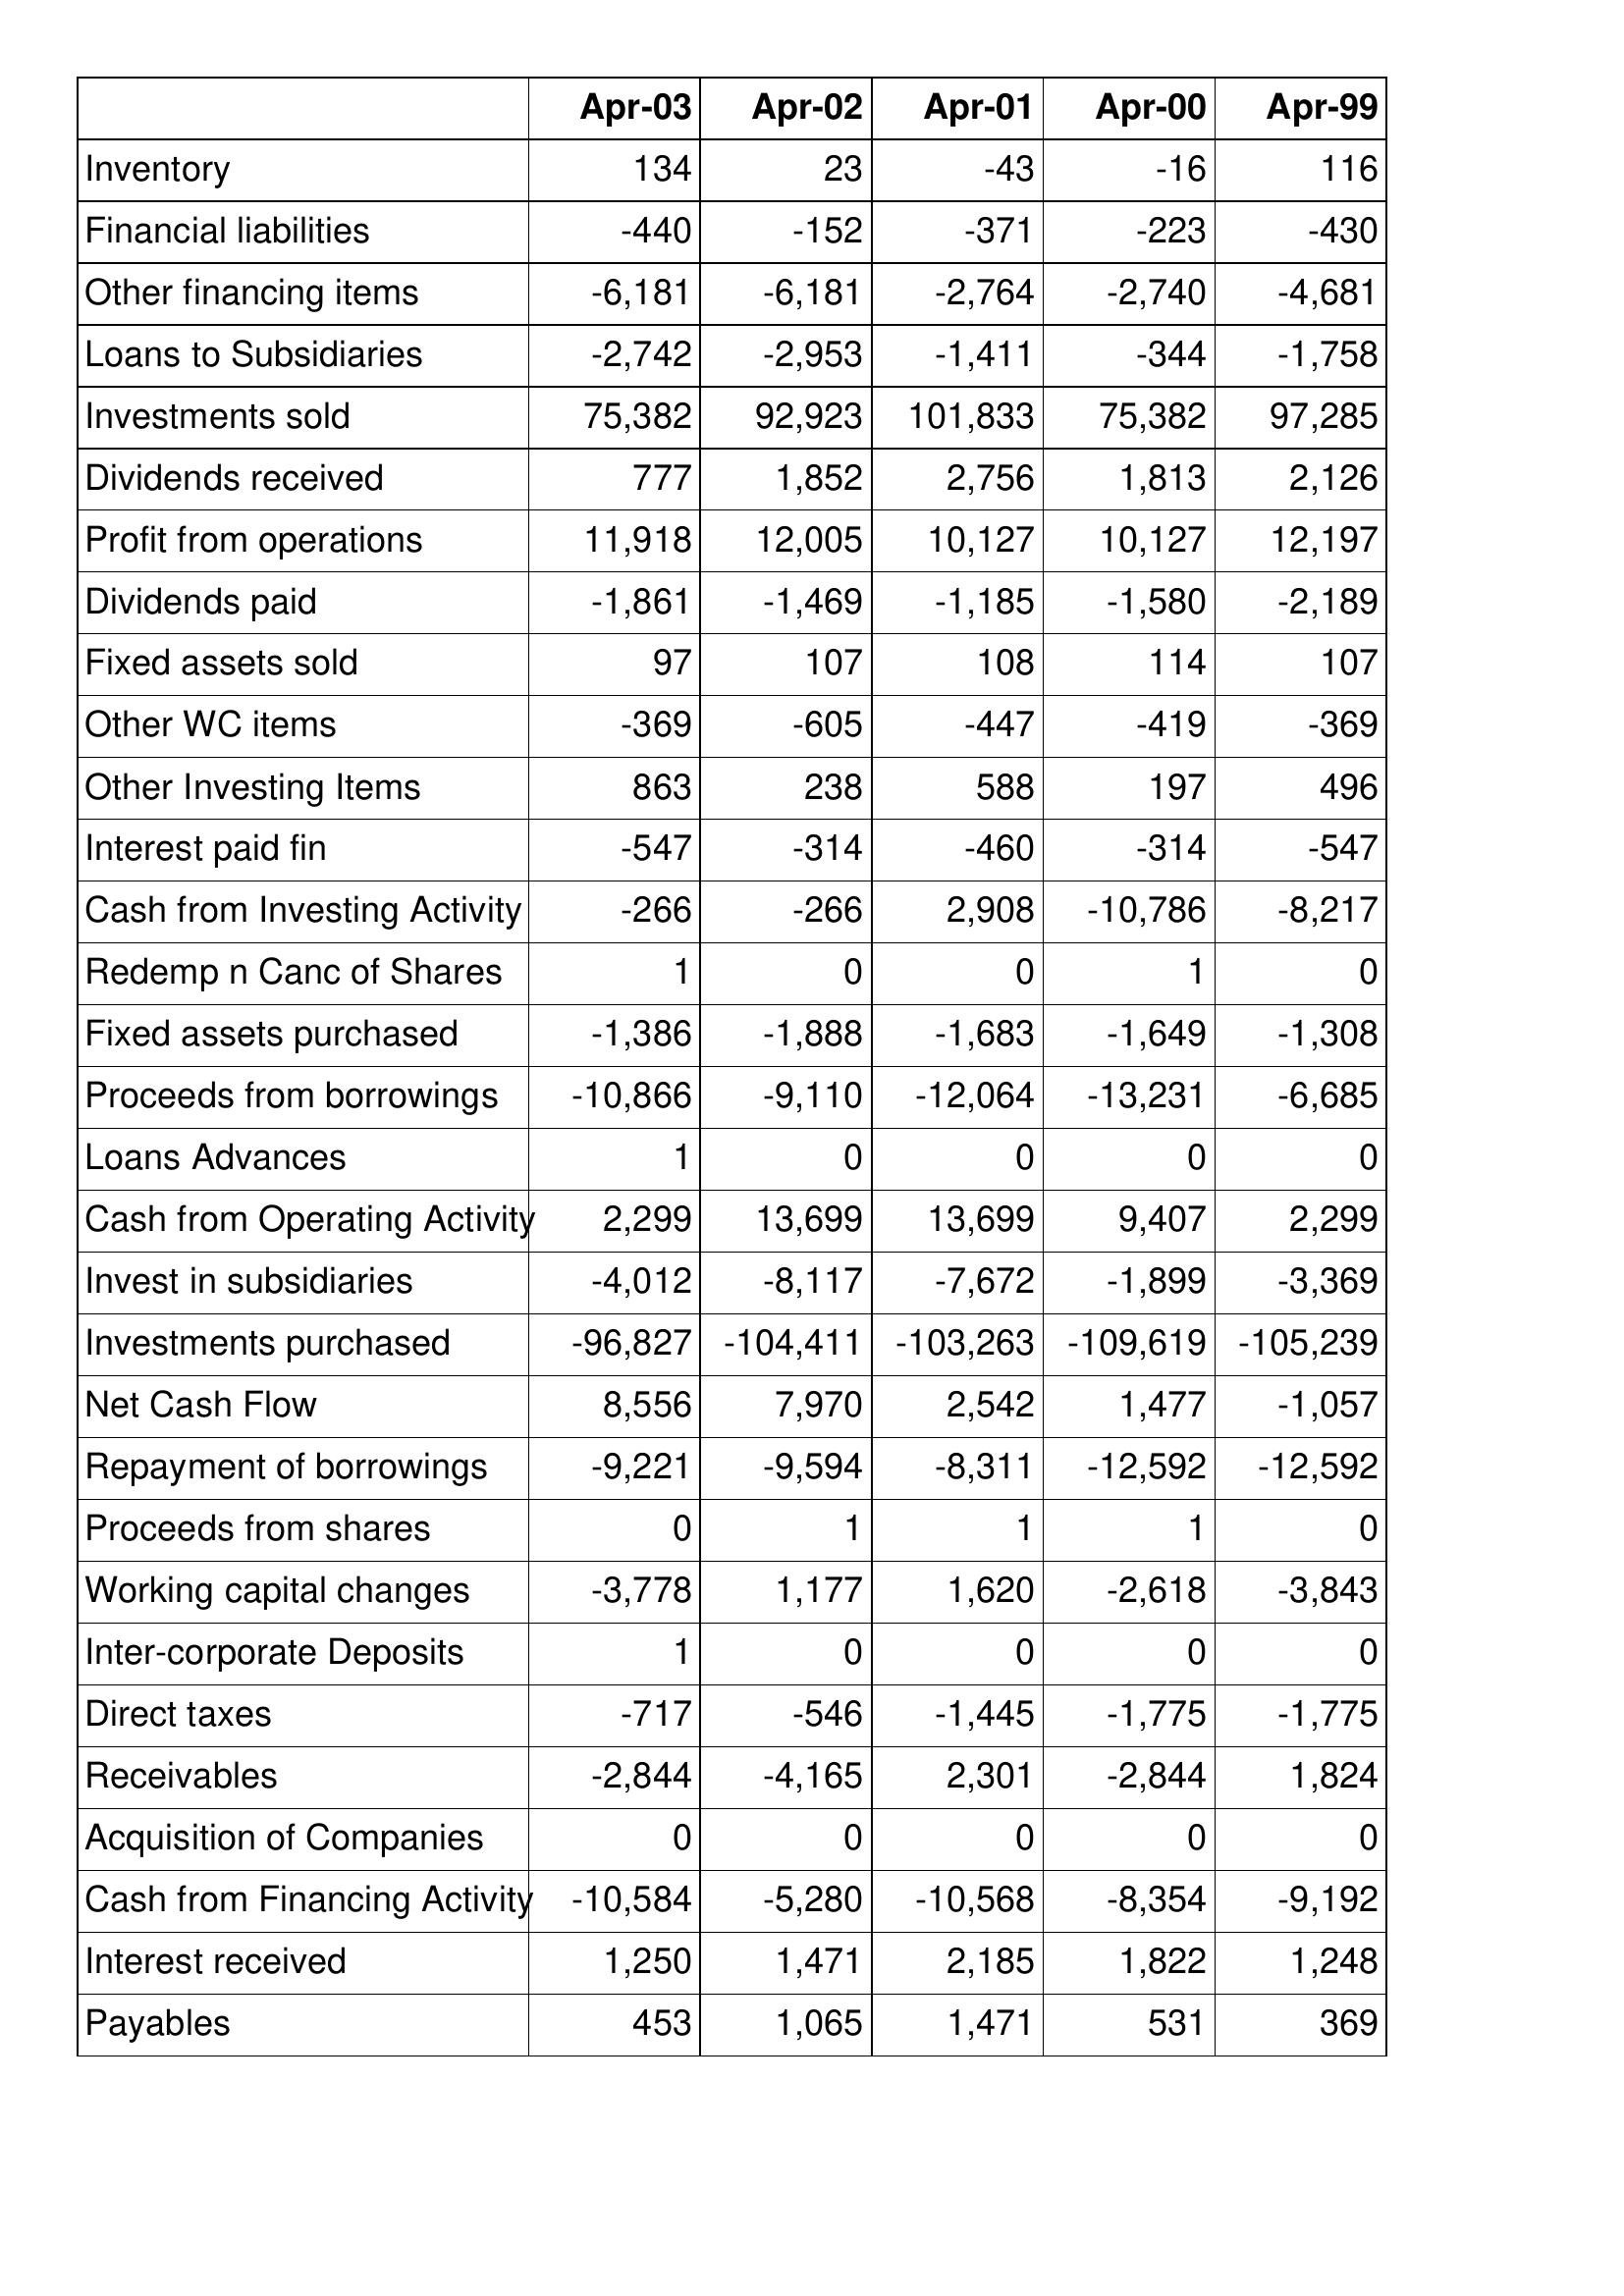
Apr-03: Cash Flows: Inventory: 134
Financial liabilities: -440
Other financing items: -6,181
Loans to Subsidiaries: -2,742
Investments sold: 75,382
Dividends received: 777
Profit from operations: 11,918
Dividends paid: -1,861
Fixed assets sold: 97
Other WC items: -369
Other Investing Items: 863
Interest paid fin: -547
Cash from Investing Activity: -266
Redemp n Canc of Shares: 1
Fixed assets purchased: -1,386
Proceeds from borrowings: -10,866
Loans Advances: 1
Cash from Operating Activity: 2,299
Invest in subsidiaries: -4,012
Investments purchased: -96,827
Net Cash Flow: 8,556
Repayment of borrowings: -9,221
Proceeds from shares: 0
Working capital changes: -3,778
Inter-corporate Deposits: 1
Direct taxes: -717
Receivables: -2,844
Acquisition of Companies: 0
Cash from Financing Activity: -10,584
Interest received: 1,250
Payables: 453
Apr-02: Cash Flows: Inventory: 23
Financial liabilities: -152
Other financing items: -6,181
Loans to Subsidiaries: -2,953
Investments sold: 92,923
Dividends received: 1,852
Profit from operations: 12,005
Dividends paid: -1,469
Fixed assets sold: 107
Other WC items: -605
Other Investing Items: 238
Interest paid fin: -314
Cash from Investing Activity: -266
Redemp n Canc of Shares: 0
Fixed assets purchased: -1,888
Proceeds from borrowings: -9,110
Loans Advances: 0
Cash from Operating Activity: 13,699
Invest in subsidiaries: -8,117
Investments purchased: -104,411
Net Cash Flow: 7,970
Repayment of borrowings: -9,594
Proceeds from shares: 1
Working capital changes: 1,177
Inter-corporate Deposits: 0
Direct taxes: -546
Receivables: -4,165
Acquisition of Companies: 0
Cash from Financing Activity: -5,280
Interest received: 1,471
Payables: 1,065
Apr-01: Cash Flows: Inventory: -43
Financial liabilities: -371
Other financing items: -2,764
Loans to Subsidiaries: -1,411
Investments sold: 101,833
Dividends received: 2,756
Profit from operations: 10,127
Dividends paid: -1,185
Fixed assets sold: 108
Other WC items: -447
Other Investing Items: 588
Interest paid fin: -460
Cash from Investing Activity: 2,908
Redemp n Canc of Shares: 0
Fixed assets purchased: -1,683
Proceeds from borrowings: -12,064
Loans Advances: 0
Cash from Operating Activity: 13,699
Invest in subsidiaries: -7,672
Investments purchased: -103,263
Net Cash Flow: 2,542
Repayment of borrowings: -8,311
Proceeds from shares: 1
Working capital changes: 1,620
Inter-corporate Deposits: 0
Direct taxes: -1,445
Receivables: 2,301
Acquisition of Companies: 0
Cash from Financing Activity: -10,568
Interest received: 2,185
Payables: 1,471
Apr-00: Cash Flows: Inventory: -16
Financial liabilities: -223
Other financing items: -2,740
Loans to Subsidiaries: -344
Investments sold: 75,382
Dividends received: 1,813
Profit from operations: 10,127
Dividends paid: -1,580
Fixed assets sold: 114
Other WC items: -419
Other Investing Items: 197
Interest paid fin: -314
Cash from Investing Activity: -10,786
Redemp n Canc of Shares: 1
Fixed assets purchased: -1,649
Proceeds from borrowings: -13,231
Loans Advances: 0
Cash from Operating Activity: 9,407
Invest in subsidiaries: -1,899
Investments purchased: -109,619
Net Cash Flow: 1,477
Repayment of borrowings: -12,592
Proceeds from shares: 1
Working capital changes: -2,618
Inter-corporate Deposits: 0
Direct taxes: -1,775
Receivables: -2,844
Acquisition of Companies: 0
Cash from Financing Activity: -8,354
Interest received: 1,822
Payables: 531
Apr-99: Cash Flows: Inventory: 116
Financial liabilities: -430
Other financing items: -4,681
Loans to Subsidiaries: -1,758
Investments sold: 97,285
Dividends received: 2,126
Profit from operations: 12,197
Dividends paid: -2,189
Fixed assets sold: 107
Other WC items: -369
Other Investing Items: 496
Interest paid fin: -547
Cash from Investing Activity: -8,217
Redemp n Canc of Shares: 0
Fixed assets purchased: -1,308
Proceeds from borrowings: -6,685
Loans Advances: 0
Cash from Operating Activity: 2,299
Invest in subsidiaries: -3,369
Investments purchased: -105,239
Net Cash Flow: -1,057
Repayment of borrowings: -12,592
Proceeds from shares: 0
Working capital changes: -3,843
Inter-corporate Deposits: 0
Direct taxes: -1,775
Receivables: 1,824
Acquisition of Companies: 0
Cash from Financing Activity: -9,192
Interest received: 1,248
Payables: 369